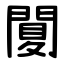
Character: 䦩